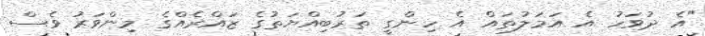
"އެ ދުވަހު އެ އަމަލުތައް އެ ހިންގީ ތަރުބިއްޔަތުގެ ޒައްރެއްގެ މިންވަރު ވެސް